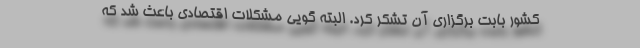
کشور بابت برگزاری آن تشکر کرد. البته گویی مشکلات اقتصادی باعث شد که